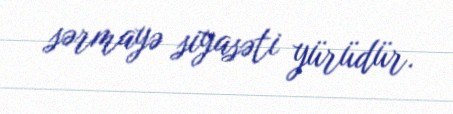
sərmayə siyasəti yürüdür.